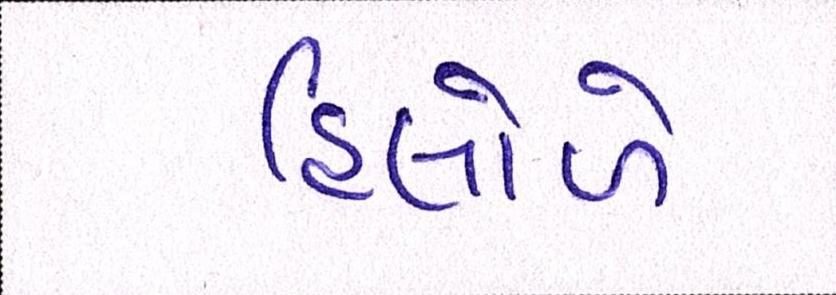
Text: હિલોળે